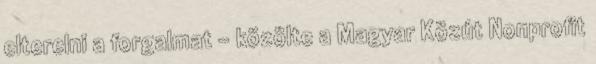
elterelni a forgalmat – közölte a Magyar Közút Nonprofit